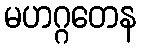
မဟဂ္ဂတေန